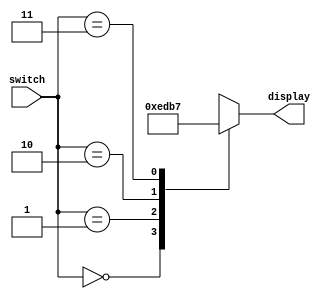
`timescale 1ns / 1ps
//////////////////////////////////////////////////////////////////////////////////
// Company: 
// Engineer: 
// 
// Design Name: 
// Module Name: DispChoiceDecoder
// Project Name: 
// Target Devices: 
// Tool Versions: 
// Description: 
// 
// Dependencies: 
// 
// Revision:
// Revision 0.01 - File Created
// Additional Comments:
// 
//////////////////////////////////////////////////////////////////////////////////


module DispChoiceDecoder(input[1:0] switch, output reg[3:0] display);
    always @(*)
      case(switch)
        2'b00: display = 4'b1110;
        2'b01: display = 4'b1101;
        2'b10: display = 4'b1011;
        2'b11: display = 4'b0111;
        default: display = 4'b1111;
      endcase
endmodule